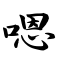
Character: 嗯